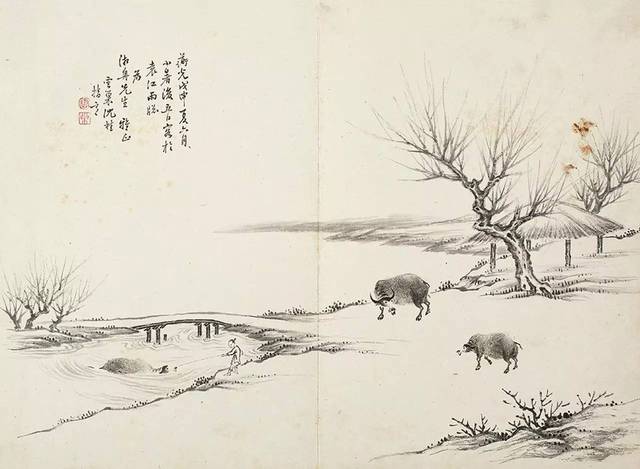
同声相应，同气相求。